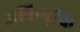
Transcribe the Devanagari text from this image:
अकियुकि